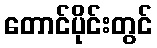
တောင်ပိုင်းတွင်